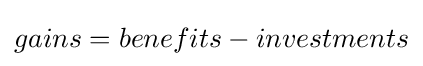
gains=benefits-investments